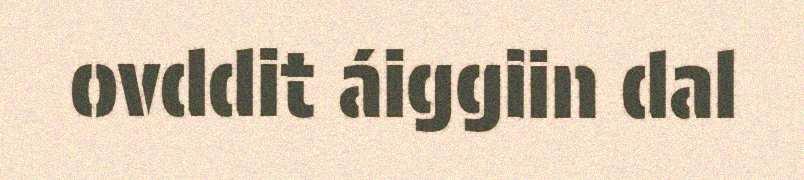
ovddit áiggiin dal